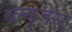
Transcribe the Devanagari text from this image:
ब्ल्यूजेस